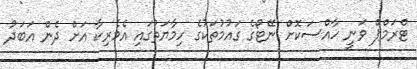
ޓްރަމްޕް ވަނީ ހާއްސަކޮށް ނޭޓޯގެ ގައުމުތަކުގެ ހިމާޔަތުގައި އެމެރިކާ އަށް ދެން އަބަދު